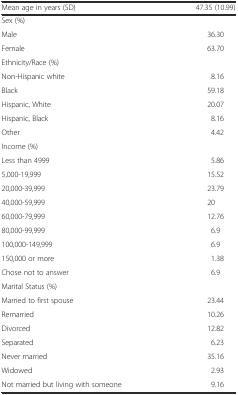
<table><thead><tr><td><b>Mean age in years (SD)</b></td><td><b>47.35 (10.99)</b></td></tr></thead><tbody><tr><td>Sex (%)</td><td></td></tr><tr><td>Male</td><td>36.30</td></tr><tr><td>Female</td><td>63.70</td></tr><tr><td>Ethnicity/Race (%)</td><td></td></tr><tr><td>Non-Hispanic white</td><td>8.16</td></tr><tr><td>Black</td><td>59.18</td></tr><tr><td>Hispanic, White</td><td>20.07</td></tr><tr><td>Hispanic, Black</td><td>8.16</td></tr><tr><td>Other</td><td>4.42</td></tr><tr><td>Income (%)</td><td></td></tr><tr><td>Less than 4999</td><td>5.86</td></tr><tr><td>5,000-19,999</td><td>15.52</td></tr><tr><td>20,000-39,999</td><td>23.79</td></tr><tr><td>40,000-59,999</td><td>20</td></tr><tr><td>60,000-79,999</td><td>12.76</td></tr><tr><td>80,000-99,999</td><td>6.9</td></tr><tr><td>100,000-149,999</td><td>6.9</td></tr><tr><td>150,000 or more</td><td>1.38</td></tr><tr><td>Chose not to answer</td><td>6.9</td></tr><tr><td>Marital Status (%)</td><td></td></tr><tr><td>Married to first spouse</td><td>23.44</td></tr><tr><td>Remarried</td><td>10.26</td></tr><tr><td>Divorced</td><td>12.82</td></tr><tr><td>Separated</td><td>6.23</td></tr><tr><td>Never married</td><td>35.16</td></tr><tr><td>Widowed</td><td>2.93</td></tr><tr><td>Not married but living with someone</td><td>9.16</td></tr></tbody></table>